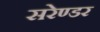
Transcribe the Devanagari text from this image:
सरेण्डर